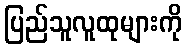
ပြည်သူလူထုများကို